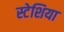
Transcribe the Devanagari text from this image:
स्टेशिया